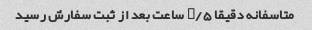
متاسفانه دقیقا ۲/۵ ساعت بعد از ثبت سفارش رسید